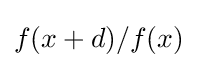
f(x+d)/f(x)